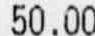
50.00